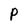
Character: P